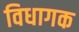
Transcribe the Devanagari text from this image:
विधागक